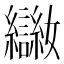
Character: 𡤨